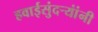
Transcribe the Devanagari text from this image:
हवाईसुंदर्‍यांंनी